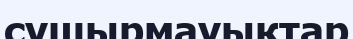
сушырмауықтар